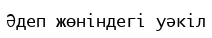
Әдеп жөніндегі уәкіл